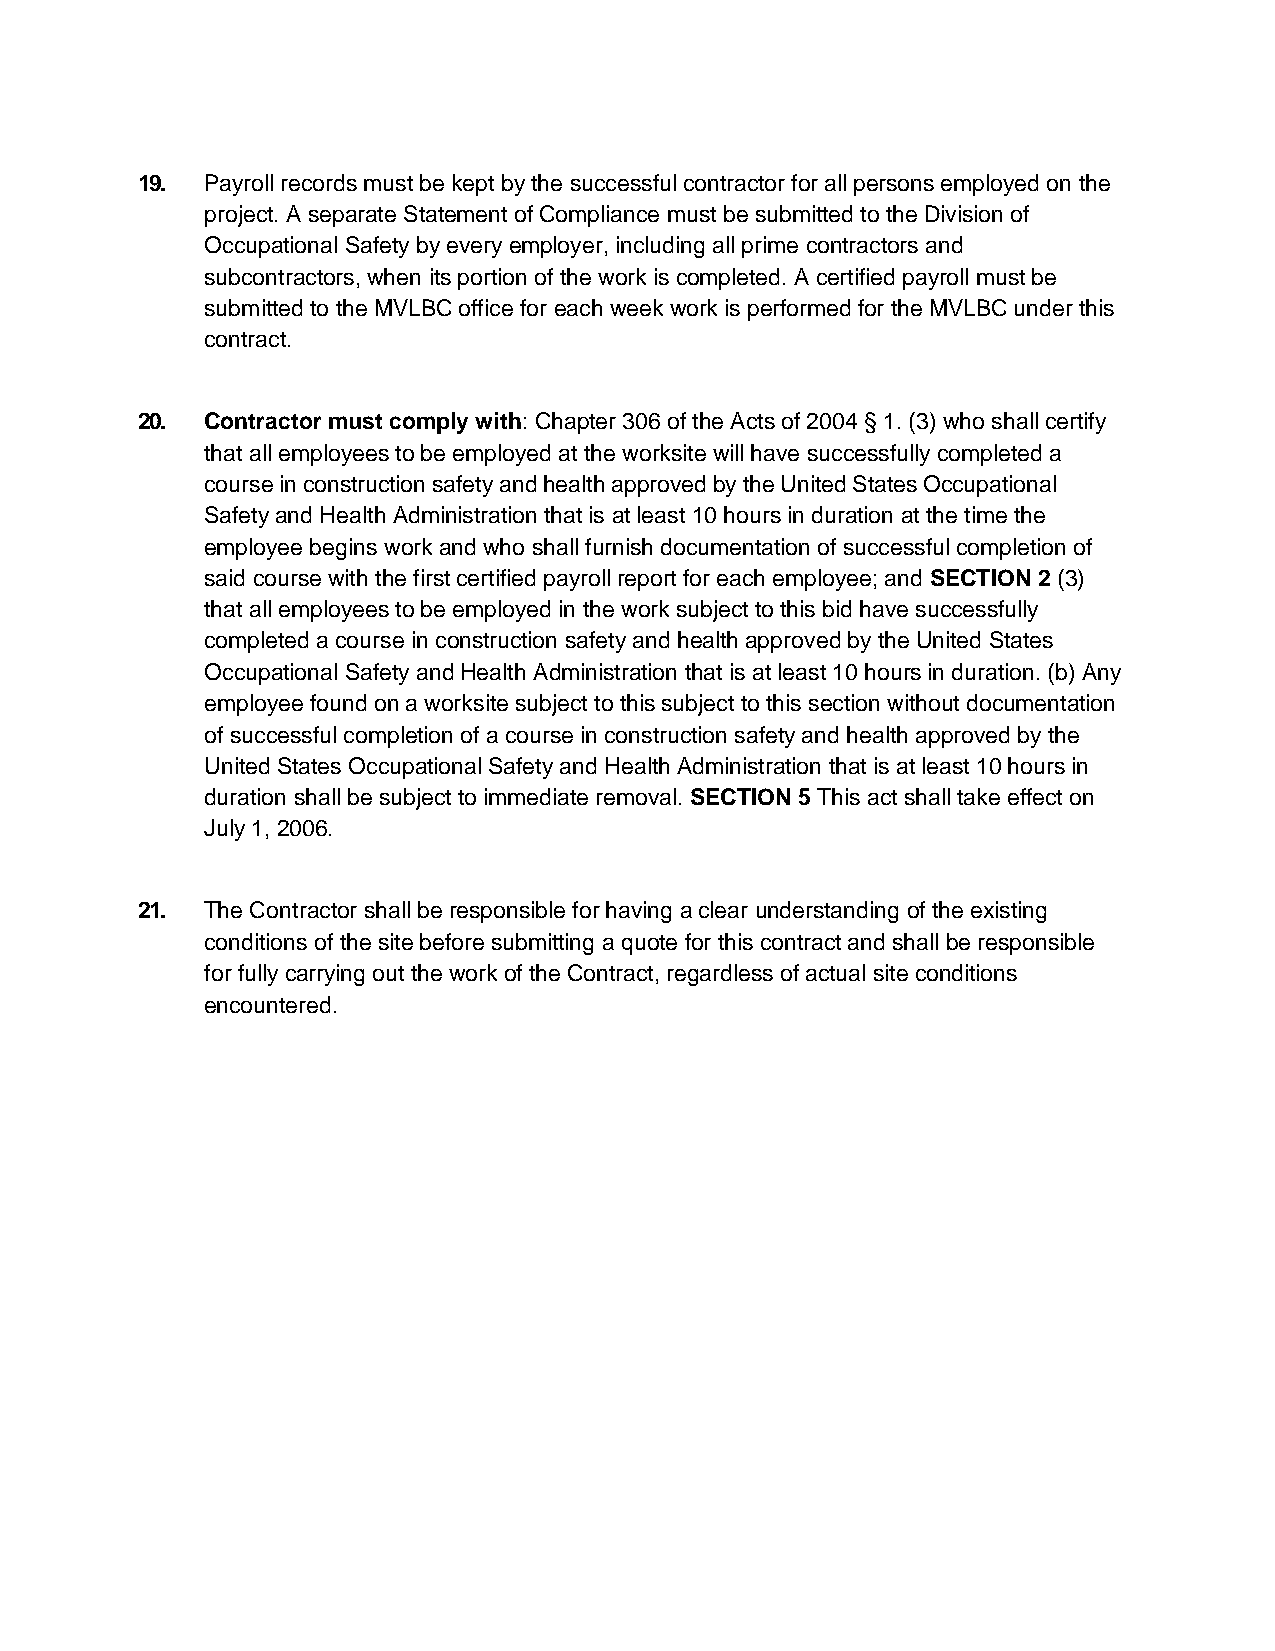
19.  Payroll records must be kept by the successful contractor for all persons employed on the
 project. A separate Statement of Compliance must be submitted to the Division of
 Occupational Safety by every employer, including all prime contractors and
 subcontractors, when its portion of the work is completed. A certified payroll must be
 submitted to the MVLBC office for each week work is performed for the MVLBC under this
 contract.
 20.  Contractor must comply with: Chapter 306 of the Acts of 2004 § 1. (3) who shall certify
 that all employees to be employed at the worksite will have successfully completed a
 course in construction safety and health approved by the United States Occupational
 Safety and Health Administration that is at least 10 hours in duration at the time the
 employee begins work and who shall furnish documentation of successful completion of
 said course with the first certified payroll report for each employee; and SECTION 2 (3)
 that all employees to be employed in the work subject to this bid have successfully
 completed a course in construction safety and health approved by the United States
 Occupational Safety and Health Administration that is at least 10 hours in duration. (b) Any
 employee found on a worksite subject to this subject to this section without documentation
 of successful completion of a course in construction safety and health approved by the
 United States Occupational Safety and Health Administration that is at least 10 hours in
 duration shall be subject to immediate removal. SECTION 5 This act shall take effect on
 July 1, 2006.
 21.  The Contractor shall be responsible for having a clear understanding of the existing
 conditions of the site before submitting a quote for this contract and shall be responsible
 for fully carrying out the work of the Contract, regardless of actual site conditions
 encountered.